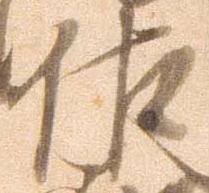
佐